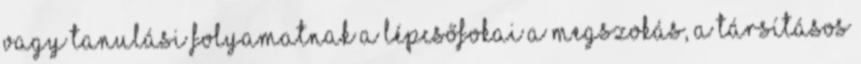
vagy tanulási folyamatnak a lépcsőfokai a megszokás, a társításos